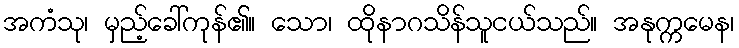
အကံသု၊ မှည့်ခေါ်ကုန်၏။ သော၊ ထိုနာဂသိန်သူငယ်သည်။ အနုက္ကမေန၊